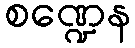
စဏ္ဍေန